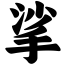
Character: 挲